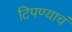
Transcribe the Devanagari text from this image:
टिपण्याचं